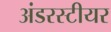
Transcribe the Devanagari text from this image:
अंडरस्टीयर